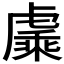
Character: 𬟯